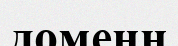
доменн